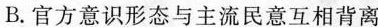
B.官方意识形态欲主流民意互相背离